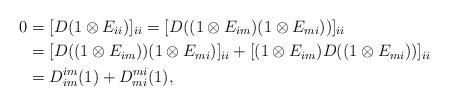
LaTeX: \begin{align*}0&=[D(1\otimes E_{ii})]_{ii}=[D((1\otimes E_{im})(1\otimes E_{mi}))]_{ii}\\&=[D((1\otimes E_{im}))(1\otimes E_{mi})]_{ii}+[(1\otimes E_{im})D((1\otimes E_{mi}))]_{ii}\\&=D^{im}_{im}(1)+D^{mi}_{mi}(1),\end{align*}